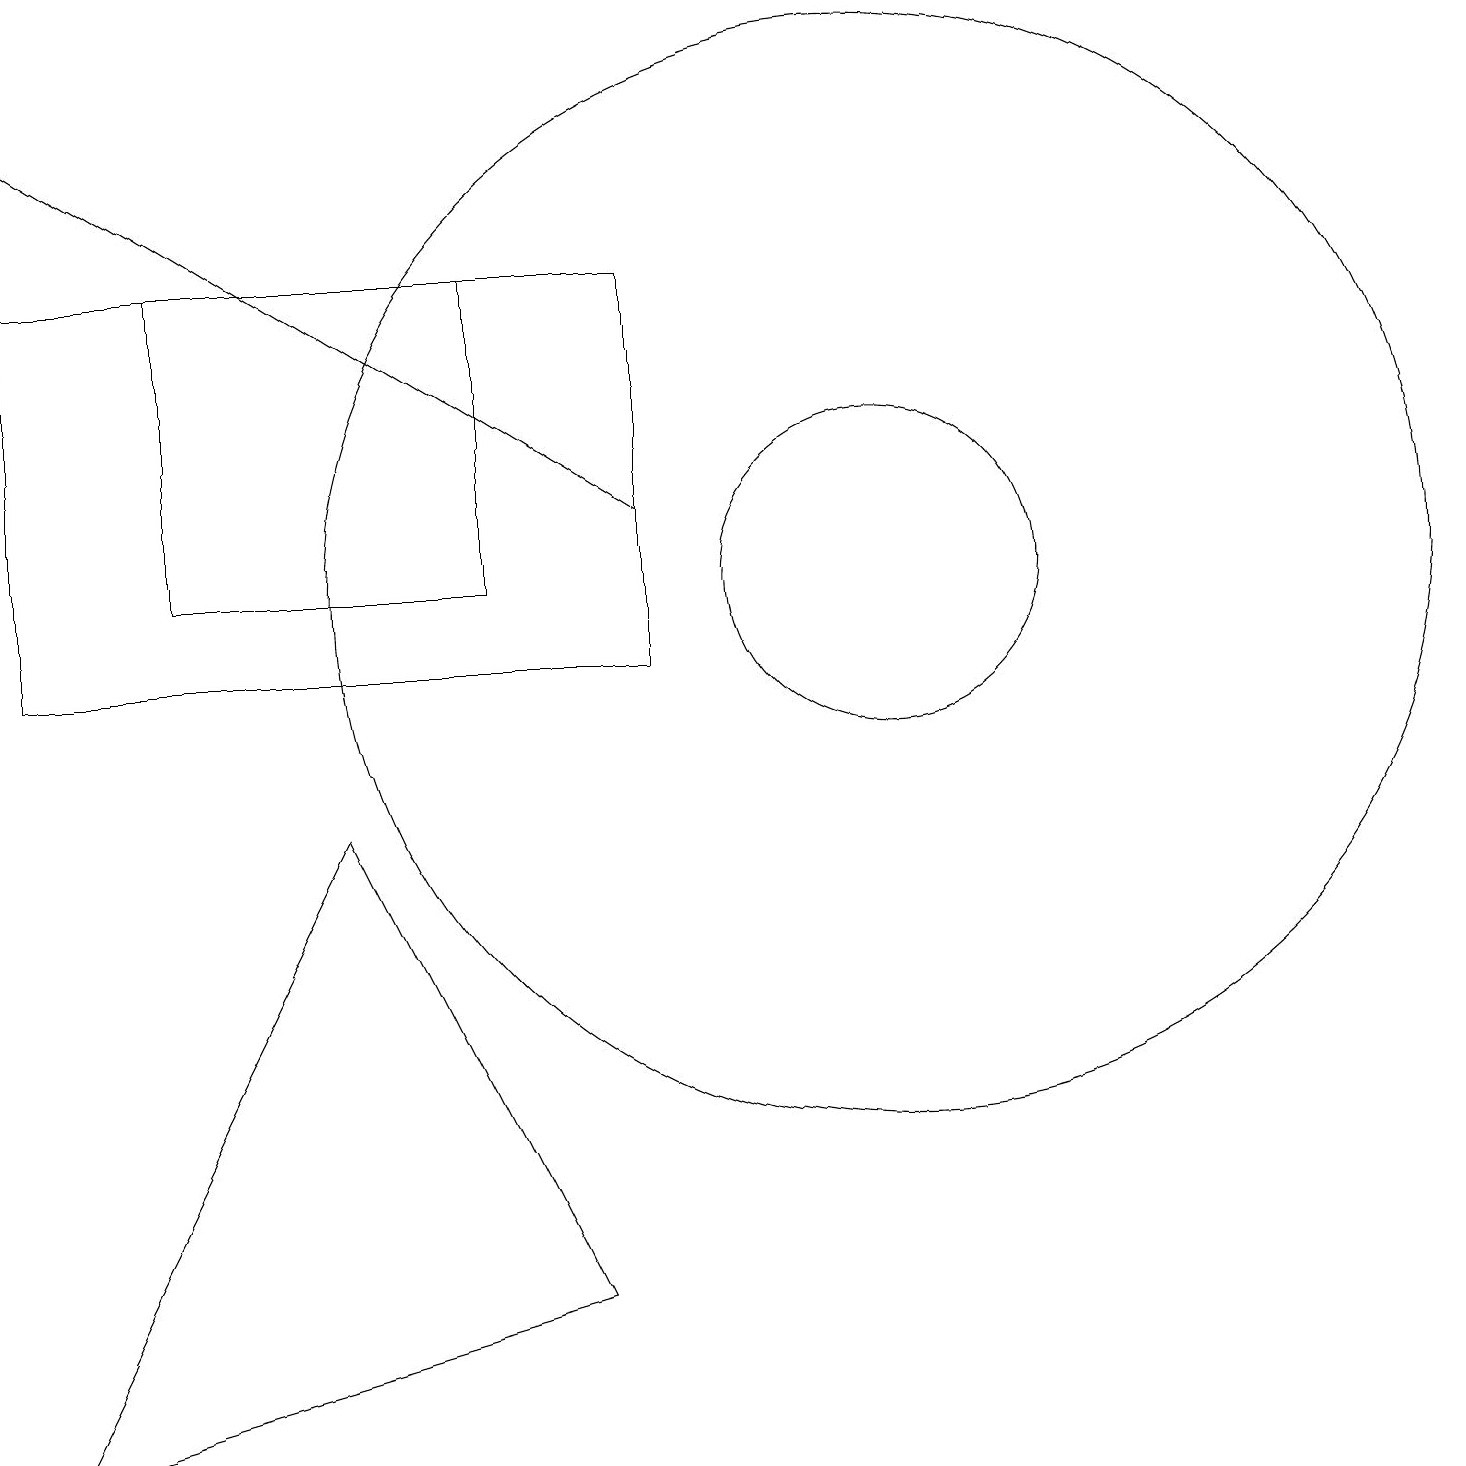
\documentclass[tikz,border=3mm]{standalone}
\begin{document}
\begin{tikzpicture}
\draw[->] (9,12) -- (1,17);
\draw (12,11) circle (7);
\draw (7,15) rectangle (3,11);
\draw (12,11) circle (2);
\draw (1,0) -- (8,2) -- (5,8) -- cycle;
\draw (1,10) rectangle (9,15);
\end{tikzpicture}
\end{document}